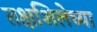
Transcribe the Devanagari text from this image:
तक्षशिलेच्या